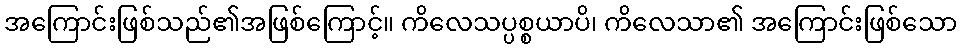
အကြောင်းဖြစ်သည်၏အဖြစ်ကြောင့်။ ကိလေသပ္ပစ္စယာပိ၊ ကိလေသာ၏ အကြောင်းဖြစ်သော